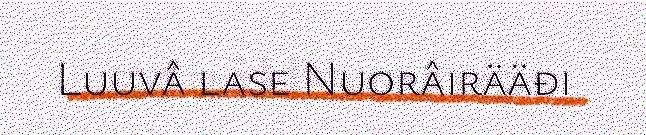
Luuvâ lase Nuorâirääđi